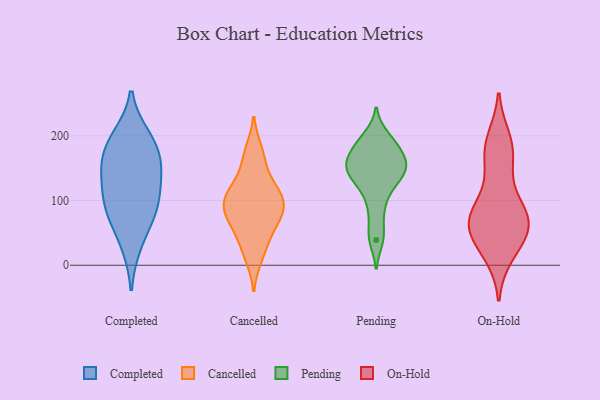
{"axis": {"x": "Shipments", "y": "Value"}, "legend": ["Cancelled", "Completed", "On-Hold", "Pending"], "data": [{"x": "", "y": 140, "type": "Completed"}, {"x": "", "y": 85, "type": "Completed"}, {"x": "", "y": 172, "type": "Completed"}, {"x": "", "y": 33, "type": "Completed"}, {"x": "", "y": 90, "type": "Completed"}, {"x": "", "y": 84, "type": "Completed"}, {"x": "", "y": 127, "type": "Completed"}, {"x": "", "y": 153, "type": "Completed"}, {"x": "", "y": 190, "type": "Completed"}, {"x": "", "y": 197, "type": "Completed"}, {"x": "", "y": 102, "type": "Cancelled"}, {"x": "", "y": 176, "type": "Cancelled"}, {"x": "", "y": 63, "type": "Cancelled"}, {"x": "", "y": 91, "type": "Cancelled"}, {"x": "", "y": 31, "type": "Cancelled"}, {"x": "", "y": 117, "type": "Cancelled"}, {"x": "", "y": 76, "type": "Cancelled"}, {"x": "", "y": 90, "type": "Cancelled"}, {"x": "", "y": 162, "type": "Cancelled"}, {"x": "", "y": 13, "type": "Cancelled"}, {"x": "", "y": 124, "type": "Cancelled"}, {"x": "", "y": 61, "type": "Cancelled"}, {"x": "", "y": 104, "type": "Cancelled"}, {"x": "", "y": 160, "type": "Pending"}, {"x": "", "y": 158, "type": "Pending"}, {"x": "", "y": 129, "type": "Pending"}, {"x": "", "y": 39, "type": "Pending"}, {"x": "", "y": 149, "type": "Pending"}, {"x": "", "y": 199, "type": "Pending"}, {"x": "", "y": 169, "type": "Pending"}, {"x": "", "y": 48, "type": "Pending"}, {"x": "", "y": 144, "type": "Pending"}, {"x": "", "y": 193, "type": "Pending"}, {"x": "", "y": 139, "type": "Pending"}, {"x": "", "y": 177, "type": "Pending"}, {"x": "", "y": 102, "type": "Pending"}, {"x": "", "y": 128, "type": "Pending"}, {"x": "", "y": 84, "type": "Pending"}, {"x": "", "y": 185, "type": "Pending"}, {"x": "", "y": 152, "type": "Pending"}, {"x": "", "y": 95, "type": "On-Hold"}, {"x": "", "y": 64, "type": "On-Hold"}, {"x": "", "y": 177, "type": "On-Hold"}, {"x": "", "y": 68, "type": "On-Hold"}, {"x": "", "y": 73, "type": "On-Hold"}, {"x": "", "y": 72, "type": "On-Hold"}, {"x": "", "y": 23, "type": "On-Hold"}, {"x": "", "y": 53, "type": "On-Hold"}, {"x": "", "y": 133, "type": "On-Hold"}, {"x": "", "y": 167, "type": "On-Hold"}, {"x": "", "y": 63, "type": "On-Hold"}, {"x": "", "y": 17, "type": "On-Hold"}, {"x": "", "y": 194, "type": "On-Hold"}, {"x": "", "y": 78, "type": "On-Hold"}, {"x": "", "y": 186, "type": "On-Hold"}, {"x": "", "y": 40, "type": "On-Hold"}]}